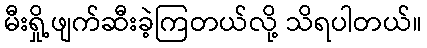
မီးရှို့ဖျက်ဆီးခဲ့ကြတယ်လို့ သိရပါတယ်။